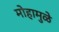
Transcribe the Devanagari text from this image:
मोहामुळे